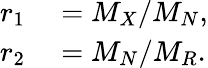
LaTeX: \begin{array}{rl}{r_{1}}&{{}=M_{X}/M_{N},}\\ {r_{2}}&{{}=M_{N}/M_{R}.}\end{array}